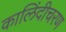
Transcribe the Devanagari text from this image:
कालिंदीचरण